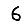
Digit: 6